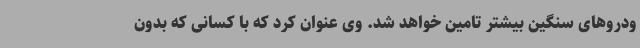
ودروهای سنگین بیشتر تامین خواهد شد. وی عنوان کرد که با کسانی که بدون